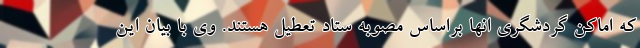
که اماکن گردشگری انها براساس مصوبه ستاد تعطیل هستند. وی با بیان این